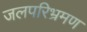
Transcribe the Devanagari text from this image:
जलपरिभ्रमण